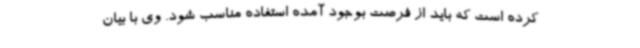
کرده است که باید از فرصت بوجود آمده استفاده مناسب شود. وی با بیان